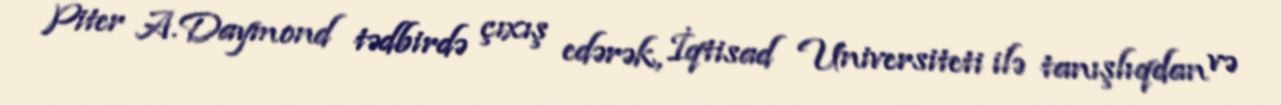
Piter A.Daymond tədbirdə çıxış edərək, İqtisad Universiteti ilə tanışlıqdan və